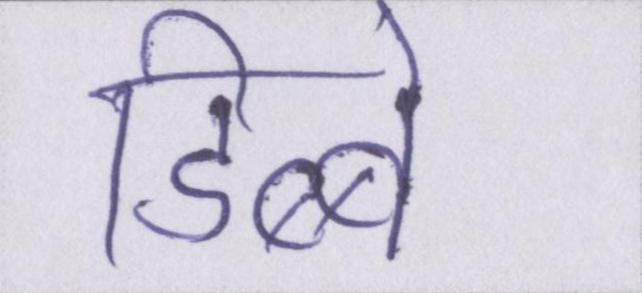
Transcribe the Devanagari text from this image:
डिब्बे